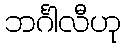
ဘင်္ဂါလီဟု